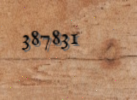
387831